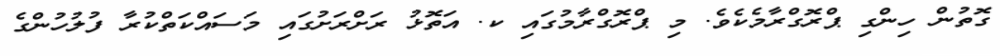
ގޮތުން ހިންގި ޕްރޮގްރާމެކެވެ. މި ޕްރޮގްރާމުގައި ކ. އަތޮޅު ރަށްރަށުގައި މަސައްކަތްކުރާ ފުލުހުންގެ